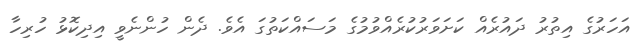
އަހަރުގެ އިތުރު ދައުރެއް ކަށަވަރުކުރެއްވުމުގެ މަސައްކަތުގަ އެވެ. ދެން ހުންނެވީ އިދިކޮޅު ހުރިހާ